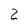
Character: 2